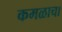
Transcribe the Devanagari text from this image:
कमळाचा